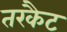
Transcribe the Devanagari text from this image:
तरकैट